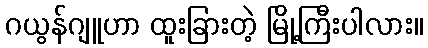
ဂယွန်ဂျူဟာ ထူးခြားတဲ့ မြို့ကြီးပါလား။